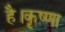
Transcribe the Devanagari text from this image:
है।कृष्णा